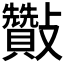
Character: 𣀶